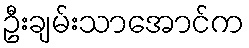
ဦးချမ်းသာအောင်က